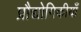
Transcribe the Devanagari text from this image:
प्रौद्योगिकीयाँ